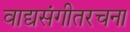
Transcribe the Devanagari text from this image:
वाद्यसंगीतरचना